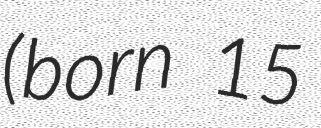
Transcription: (born 15